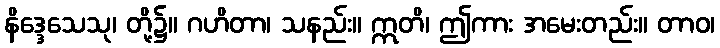
နိဒ္ဒေသေသု၊ တို့၌။ ဂဟိတာ၊ သနည်း။ ဣတိ၊ ဤကား အမေးတည်း။ တာဝ၊